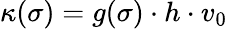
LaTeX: \kappa(\sigma)=g(\sigma)\cdot h\cdot v_{0}